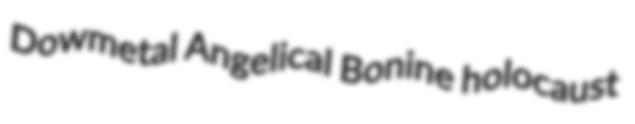
Dowmetal Angelical Bonine holocaust